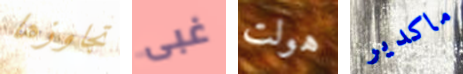
تجاوزها غبى هولت ماكدير